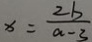
x = \frac { 2 b } { a - 3 }